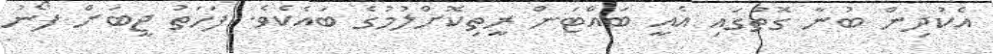
އެކުދިން ބުނާ ގޮތުގައި އެއީ ބައްޓަން ރީތިކޮށްލުމުގެ ބައެކެވެ. ފަހަތު ޖީބަށް ފޯނު